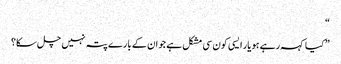
“
” کیا کہہ رہے ہو یار ایسی کون سی مشکل ہے جو ان کے بارے پتہ نہیں چل سکا؟